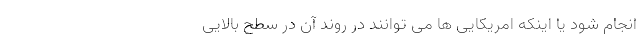
انجام شود یا اینکه امریکایی ها می توانند در روند آن در سطح بالایی